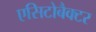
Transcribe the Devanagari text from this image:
एसिटोबैक्टर